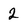
Character: 2